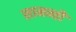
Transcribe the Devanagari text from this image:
सामन्तौं